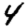
Digit: 4